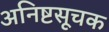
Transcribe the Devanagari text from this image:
अनिष्टसूचक